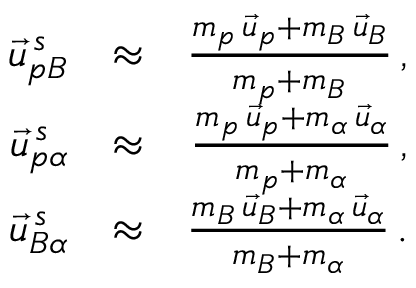
\begin{array} { r l r } { \vec { u } _ { p B } ^ { \, s } } & { \approx } & { \frac { m _ { p } \, \vec { u } _ { p } + m _ { B } \, \vec { u } _ { B } } { m _ { p } + m _ { B } } \, , } \\ { \vec { u } _ { p \alpha } ^ { \, s } } & { \approx } & { \frac { m _ { p } \, \vec { u } _ { p } + m _ { \alpha } \, \vec { u } _ { \alpha } } { m _ { p } + m _ { \alpha } } \, , } \\ { \vec { u } _ { B \alpha } ^ { \, s } } & { \approx } & { \frac { m _ { B } \, \vec { u } _ { B } + m _ { \alpha } \, \vec { u } _ { \alpha } } { m _ { B } + m _ { \alpha } } \, . } \end{array}